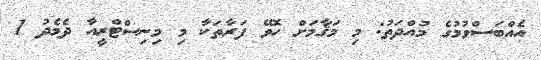
އެއްބަސްވުމުގެ މުއްދަތު: މި މަޤާމަށް ހޮވޭ ފަރާތަކާ މި މިނިސްޓްރީއާ ދެމެދު 1